Senior Leaving Certificate Examination (including Day School Certificate (Higher) General paper), 1950
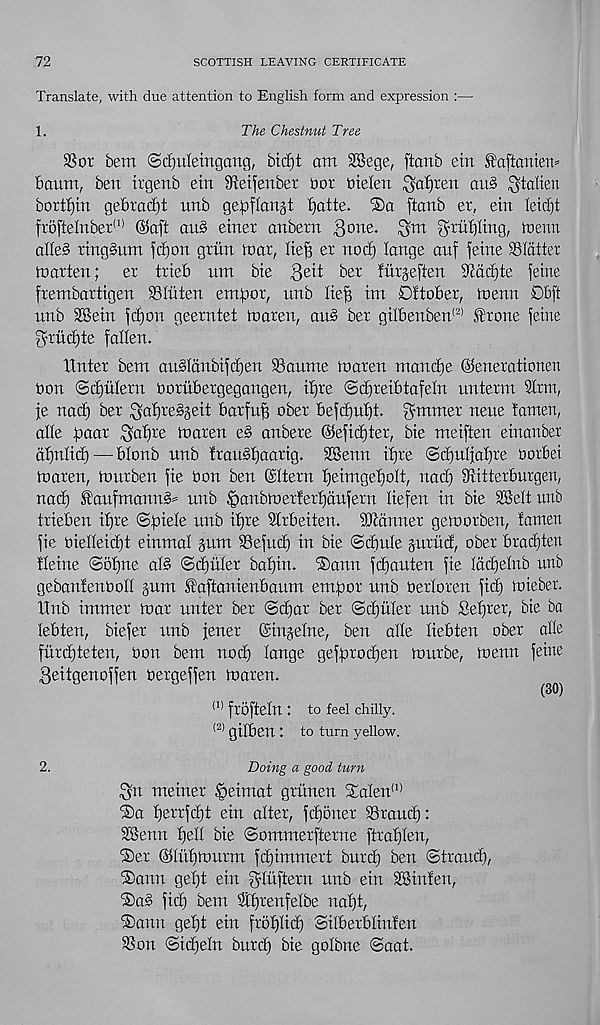
72
SCOTTISH LEAVING CERTIFICATE
Translate, with due attention to English form and expression :—
1,
The Chestnut Tree
33or bent @c£)uletngang, bicf)t am 3Bege, ftanb etn ^aftaniem
baum, ben trgenb etn ^eifenbet not nielen ^atjren au§ ^talien
bottom gebrad)t unb gepflangt tjatte.
ftanb et, etn Ieid)t
froftelnbet (1) ©aft an§ einet anbetn 3one. 3ot gnutfling, tnenn
alle§ tinggum fcfjon grim tnar, Ite^ er nod) lange auf feine flatter
marten;
er trieb um bie Qeit ber furjeften 9Md)te feme
frembartigen 33 lit ten emfior, unb Ite^ im Dftober, menu Dbft
nnb 3®ein fc^on geerntet toaren, ani ber gtlbenben (2) ^rone feme
grudjte fatten.
Xtnter bent auStanbtfdfen 33aunte toaren mand)e ©enerationert
bon <3d)ntern bornbergegangen, ttjre (Sdfreibtafetn unterm 3trm,
je nad) ber ^at)re§geit barfuff ober befd)uf)t. fymmer neue tamen,
atte boor ^o^re toaren e§ anbere ©efid)ter, bie meiften einanber
dtjutid) — btonb nnb trau§t)oartg. SSenn tfjre (3d)utiat)re borbet
toaren, tourben fie bon ben ©ttern tfdmgebott, ttad) Sritterburgen,
nact) ®aufmarat§= nnb tpanbtoerfertfdufern tiefen in bie Sett uttb
trieben ifjre ©foiete nnb itjre Strbeiten. banner gem or ben, tamen
fie bietteid)t einmal gum 33efud) in bie ©dmte gurttd, ober brad)ten
tteine ©ot)ne at§ ©(bitter batfin. ®ann fd)auten fie tddjetnb unb
gebanfenbott gum Eaftanienbaum empr nnb bertoren fid) mieber.
Xtnb immer mar unter ber ©d)ar ber ©d)itter unb Setjrer, bie ba
tebten, biefer unb jener ©ingetne, ben atte Kebten ober atte
furdjteten, bon bem nod) tange gefbrod)en murbe, menu feine
3eitgenoffen bergeffen maren.
(1) froftetn : to feel chilly.
(2) gitben : to turn yellow.
2.
Doing a good turn
$n meiner §eimat gritnen SXaten (])
®a f)errfd)t ein alter, fdfoner 33raud):
Senn f)elt bie ©ommerfterne ftraften,
©er ©tiitimurm fd)immert burd) ben ©traud),
iSann get)t ein ^iuftern unb ein Sinfen,
'Sad fid) bem 3ff)renfetbe natjt,
Saint get)t ein frotftid) ©itberbtinfen
33on ©idjetn burd) bie golbne ©aat.